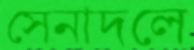
সেনাদলে